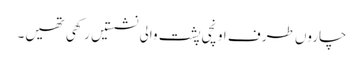
چاروں طرف اونچی پشت والی نشستیں رکھی تھیں۔